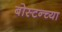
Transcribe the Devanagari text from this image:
बोस्टन्च्या